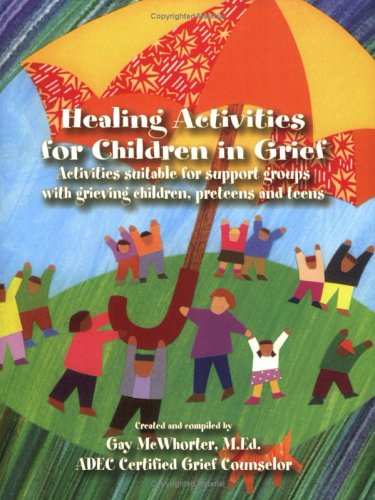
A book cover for Healing Activities for Children in Grief; Gay McWhorter; Health, Fitness & Dieting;